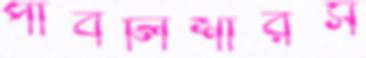
পাবলিশারস